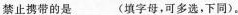
禁止携带的是___(填字母，可多选，下同)。